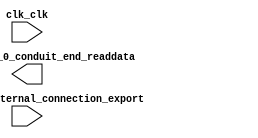

module Main (
	clk_clk,
	push_buttons_external_connection_export,
	controllerlcd_0_conduit_end_readdata);	

	input		clk_clk;
	input	[3:0]	push_buttons_external_connection_export;
	output	[12:0]	controllerlcd_0_conduit_end_readdata;
endmodule